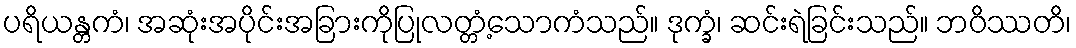
ပရိယန္တကံ၊ အဆုံးအပိုင်းအခြားကိုပြုလတ္တံ့သောကံသည်။ ဒုက္ခံ၊ ဆင်းရဲခြင်းသည်။ ဘဝိဿတိ၊